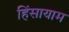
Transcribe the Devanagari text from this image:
हिंसायाम